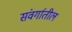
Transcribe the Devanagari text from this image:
संवर्गातील